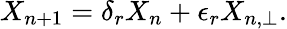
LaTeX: X_{n+1}=\delta_{r}X_{n}+\epsilon_{r}X_{n,\perp}.